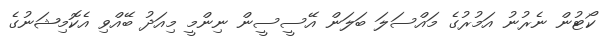
ކޯޓުން ނެރުނު އަމުރުގެ މައްސަލަ ބަލަން އޭސީސީން ނިންމީ މިއަދު ބޭއްވި އެކޮމިޝަނުގެ